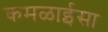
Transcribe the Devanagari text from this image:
कमळाईसा